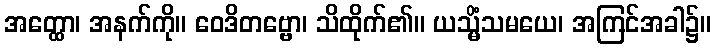
အတ္ထော၊ အနက်ကို။ ဝေဒိတဗ္ဗော၊ သိထိုက်၏။ ယသ္မိံသမယေ၊ အကြင်အခါ၌။